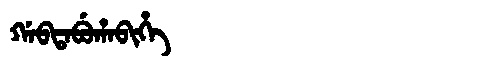
Manchu: ᡤᠠᠪᡨᠠᠪᡠᡥᠠᠪᡳᡥᡝ
Romanization: GABTABUHABIHE